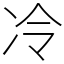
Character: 冷